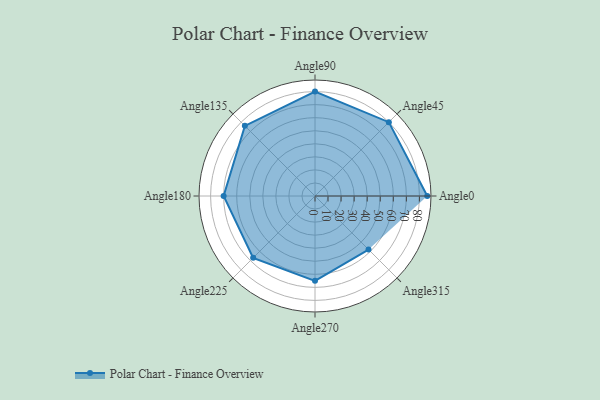
{"axis": {"x": "Angle", "y": "Radius"}, "legend": [""], "data": [{"x": "Angle0", "y": 86.0, "type": ""}, {"x": "Angle45", "y": 80.0, "type": ""}, {"x": "Angle90", "y": 80.0, "type": ""}, {"x": "Angle135", "y": 76.0, "type": ""}, {"x": "Angle180", "y": 70.0, "type": ""}, {"x": "Angle225", "y": 67.0, "type": ""}, {"x": "Angle270", "y": 65.0, "type": ""}, {"x": "Angle315", "y": 58.0, "type": ""}]}